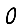
Digit: 0